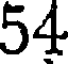
54